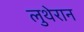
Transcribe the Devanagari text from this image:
लुथेरान